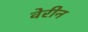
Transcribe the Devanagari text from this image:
वेरीन